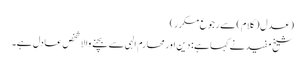
(عدل (کلام) سے رجوع مکرر)
شیخ مفید نے کہا ہے: دین اور محارم الہی سے بچنے والا شخص عادل ہے۔